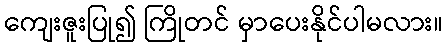
ကျေးဇူးပြု၍ ကြိုတင် မှာပေးနိုင်ပါမလား။